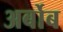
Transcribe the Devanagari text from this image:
अर्बोब